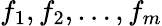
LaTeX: f_{1},f_{2},\dots,f_{m}